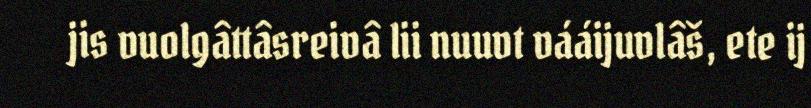
jis vuolgâttâsreivâ lii nuuvt vááijuvlâš, ete ij